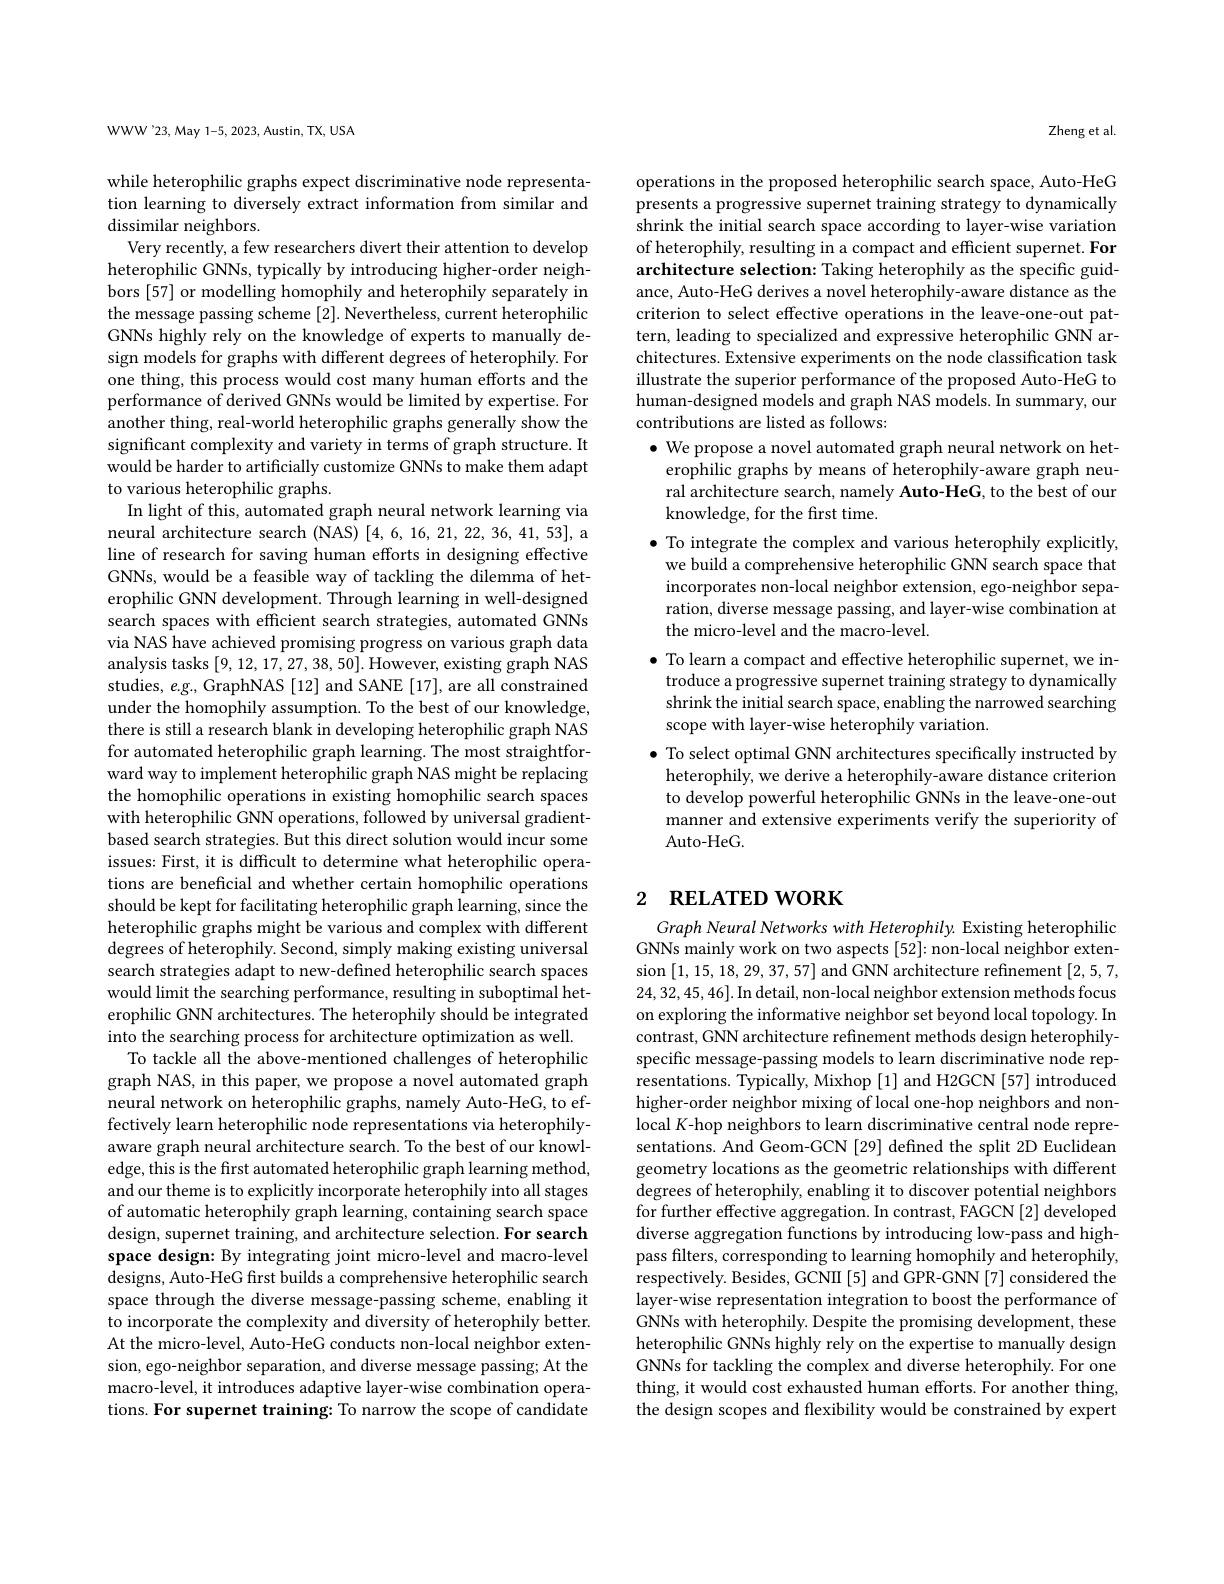
WWW'23, May 1-5, 2023, Austin, TX, USA

while heterophilic graphs expect discriminative node representation learning to diversely extract information from similar and dissimilar neighbors.
Very recently, a few researchers divert their attention to develop heterophilic GNNs, typically by introducing higher-order neighbors [57] or modelling homophily and heterophily separately in the message passing scheme [2]. Nevertheless, current heterophilic GNNs highly rely on the knowledge of experts to manually design models for graphs with different degrees of heterophily. For one thing, this process would cost many human efforts and the performance of derived GNNs would be limited by expertise. For another thing, real-world heterophilic graphs generally show the significant complexity and variety in terms of graph structure. It would be harder to artificially customize GNNs to make them adapt to various heterophilic graphs.
In light of this, automated graph neural network learning via neural architecture search (NAS) [4,6,16,21,22,36,41,53], a line of research for saving human efforts in designing effective GNNs, would be a feasible way of tackling the dilemma of heterophilic GNN development. Through learning in well-designed search spaces with efficient search strategies, automated GNNs via NAS have achieved promising progress on various graph data analysis tasks [9, 12, 17, 27, 38, 50]. However, existing graph NAS studies, $e.g.$, GraphNAS [12] and SANE [17], are all constrained under the homophily assumption. To the best of our knowledge, there is still a research blank in developing heterophilic graph NAS for automated heterophilic graph learning. The most straightforward way to implement heterophilic graph NAS might be replacing the homophilic operations in existing homophilic search spaces with heterophilic GNN operations, followed by universal gradientbased search strategies. But this direct solution would incur some issues: First, it is difficult to determine what heterophilic operations are beneficial and whether certain homophilic operations should be kept for facilitating heterophilic graph learning, since the heterophilic graphs might be various and complex with different degrees of heterophily. Second, simply making existing universal search strategies adapt to new-defined heterophilic search spaces would limit the searching performance, resulting in suboptimal heterophilic GNN architectures. The heterophily should be integrated into the searching process for architecture optimization as well.
To tackle all the above-mentioned challenges of heterophilic graph NAS, in this paper, we propose a novel automated graph neural network on heterophilic graphs, namely Auto-HeG, to effectively learn heterophilic node representations via heterophilyaware graph neural architecture search. To the best of our knowledge, this is the first automated heterophilic graph learning method, and our theme is to explicitly incorporate heterophily into all stages of automatic heterophily graph learning, containing search space design, supernet training, and architecture selection. For search space design: By integrating joint micro-level and macro-level ${\mathrm{designs,~Auto-HeG~frst~builds~a~comprehensive~heterophilic~search}}$ space through the diverse message-passing scheme, enabling it to incorporate the complexity and diversity of heterophily better. At the micro-level, Auto-HeG conducts non-local neighbor extension, ego-neighbor separation, and diverse message passing; At the macro-level, it introduces adaptive layer-wise combination operations. For supernet training: To narrow the scope of candidate

Zheng et al.

operations in the proposed heterophilic search space, Auto-HeG presents a progressive supernet training strategy to dynamically shrink the initial search space according to layer-wise variation of heterophily, resulting in a compact and efficient supernet. For architecture selection: Taking heterophily as the specific guidance, Auto-HeG derives a novel heterophily-aware distance as the criterion to select effective operations in the leave-one-out pattern, leading to specialized and expressive heterophilic GNN architectures. Extensive experiments on the node classification task illustrate the superior performance of the proposed Auto-HeG to human-designed models and graph NAS models. In summary, our contributions are listed as follows:
$\bullet$ We propose a novel automated graph neural network on heterophilic graphs by means of heterophily-aware graph neural architecture search, namely Auto-HeG, to the best of our knowledge, for the first time.
$\bullet$ To integrate the complex and various heterophily explicitly, we build a comprehensive heterophilic GNN search space that incorporates non-local neighbor extension, ego-neighbor separation, diverse message passing, and layer-wise combination at the micro-level and the macro-level.
$\bullet$ To learn a compact and effective heterophilic supernet, we in-
troduce a progressive supernet training strategy to dynamically shrink the initial search space, enabling the narrowed searching scope with layer-wise heterophily variation.
$\bullet$ To select optimal GNN architectures specifically instructed by heterophily, we derive a heterophily-aware distance criterion to develop powerful heterophilic GNNs in the leave-one-out manner and extensive experiments verify the superiority of Auto-HeG.

## 2 RELATED WORK

Graph Neural Networks with Heterophily. Existing heterophilic GNNs mainly work on two aspects [52]: non-local neighbor extension [1,15,18,29,37,57] and GNN architecture refinement [2,5,7, 24,32,45,46].In detail, non-local neighbor extension methods focus on exploring the informative neighbor set beyond local topology. In contrast, GNN architecture refinement methods design heterophilyspecific message-passing models to learn discriminative node representations. Typically, Mixhop [1] and H2GCN [57] introduced higher-order neighbor mixing of local one-hop neighbors and nonlocal K-hop neighbors to learn discriminative central node representations. And Geom-GCN [29] defined the split 2D Euclidean geometry locations as the geometric relationships with different degrees of heterophily, enabling it to discover potential neighbors for further effective aggregation. In contrast, FAGCN [2] developed diverse aggregation functions by introducing low-pass and highpass filters, corresponding to learning homophily and heterophily, respectively. Besides, GCNII [5] and GPR-GNN [7] considered the layer-wise representation integration to boost the performance of GNNs with heterophily. Despite the promising development, these heterophilic GNNs highly rely on the expertise to manually design GNNs for tackling the complex and diverse heterophily. For one thing, it would cost exhausted human efforts. For another thing, the design scopes and flexibility would be constrained by expert